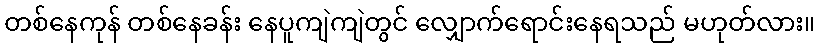
တစ်နေကုန် တစ်နေခန်း နေပူကျဲကျဲတွင် လျှောက်ရောင်းနေရသည် မဟုတ်လား။